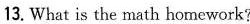
13. What is the math homework?